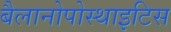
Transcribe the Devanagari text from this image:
बैलानोपोस्थाइटिस